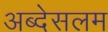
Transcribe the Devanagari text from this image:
अब्देसलम